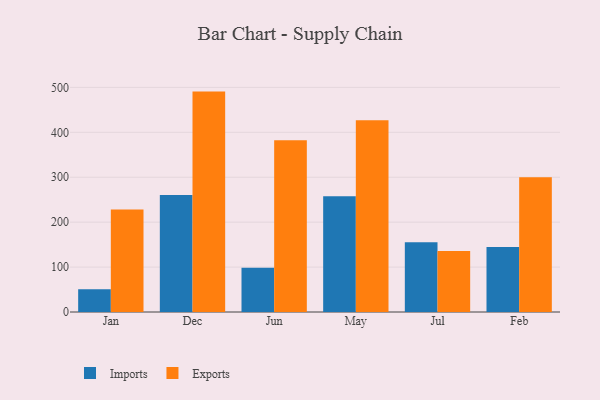
{"axis": {"x": "Month", "y": "Customer Acquisition Cost (USD)"}, "legend": ["Exports", "Imports"], "data": [{"x": "Jan", "y": 50.6, "type": "Imports"}, {"x": "Jan", "y": 228.4, "type": "Exports"}, {"x": "Dec", "y": 260.3, "type": "Imports"}, {"x": "Dec", "y": 490.6, "type": "Exports"}, {"x": "Jun", "y": 98.5, "type": "Imports"}, {"x": "Jun", "y": 382.1, "type": "Exports"}, {"x": "May", "y": 257.5, "type": "Imports"}, {"x": "May", "y": 426.6, "type": "Exports"}, {"x": "Jul", "y": 155.2, "type": "Imports"}, {"x": "Jul", "y": 135.8, "type": "Exports"}, {"x": "Feb", "y": 144.9, "type": "Imports"}, {"x": "Feb", "y": 300.2, "type": "Exports"}]}